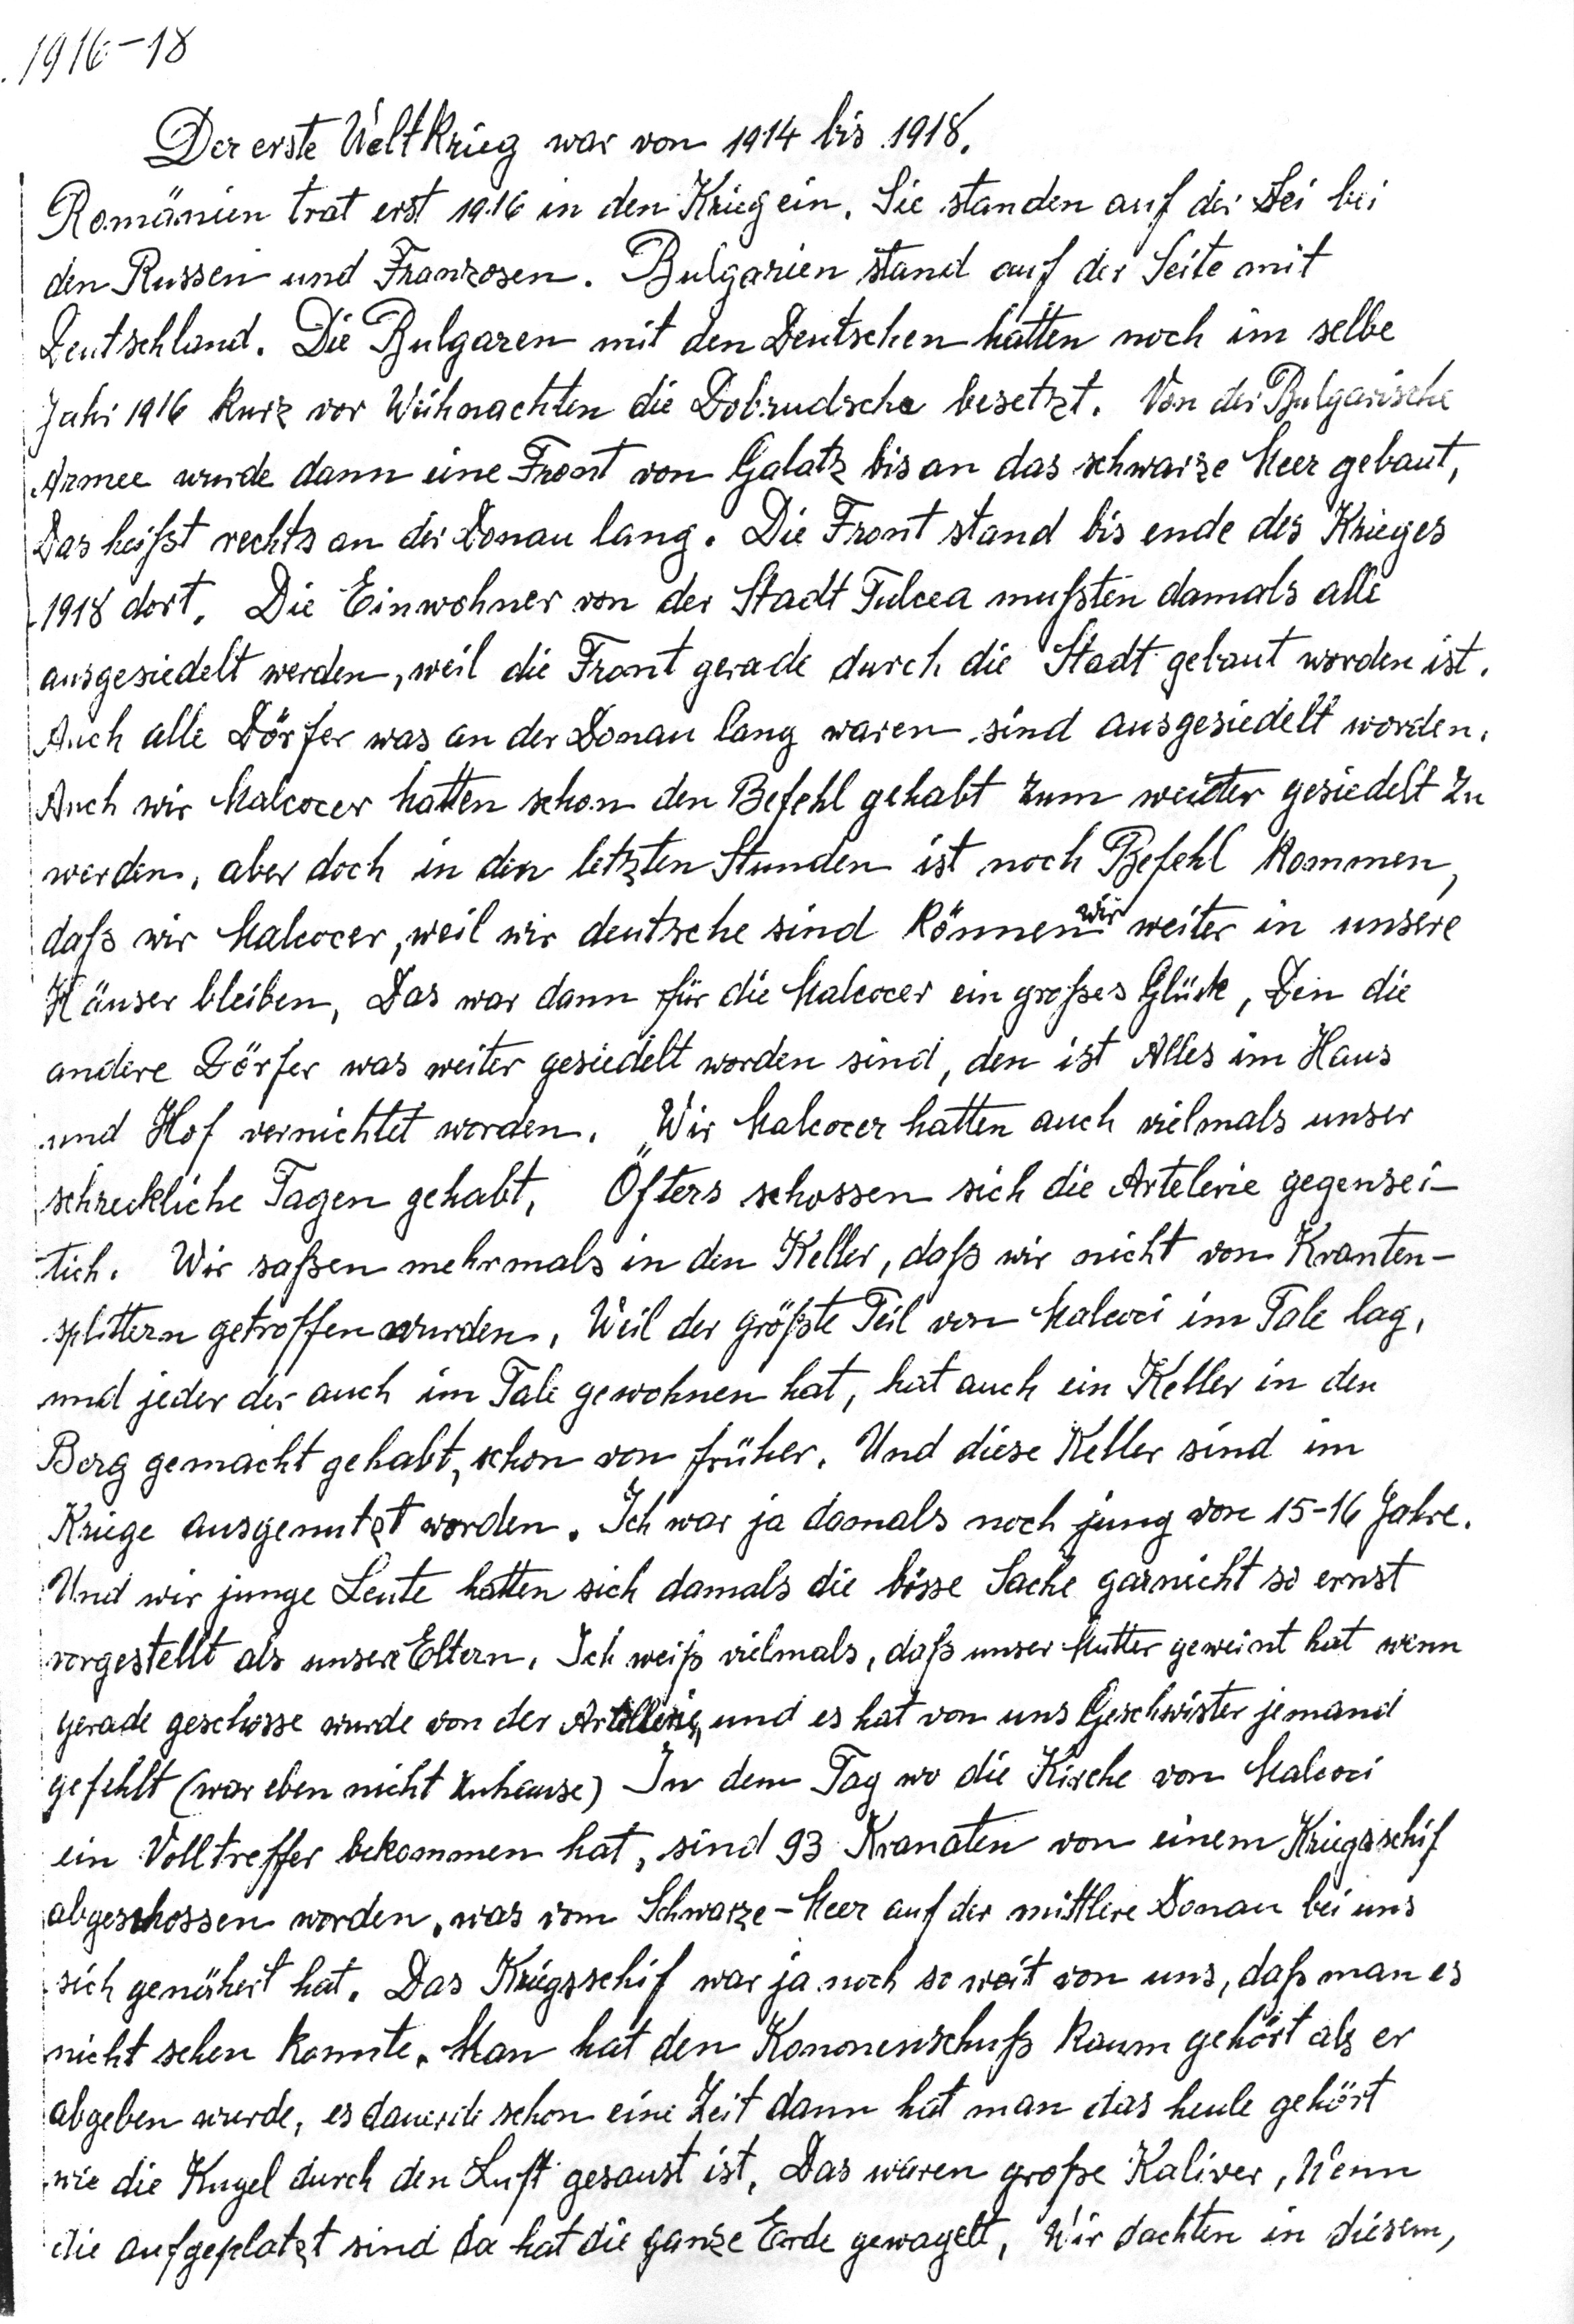
1916-18
Der erste Weltkrieg war von 1914 bis 1918
Romänien trat erst 1916 in den Krieg ein. Sie standen auf der Sei bei
den Russen und Franzosen. Bulgarien stand auf der Seite mit
Deutschland. Die Bulgaren mitr den Deutschen hatten noch im selbe
Jahr1916 kurz vor Weihnachten die Dobrudscha besetzt. Von der Bulgarische
Armee wurde dann eine Front von Galatz bis an das schwarze Meer gebaut,
Das heißt rechts an der Donau lang. Die Front stand bis ende des Krieges
1918 dort. Die Einwohner von der Stadt Tulcea mußten damals alle
ausgesiedelt werden, weil die Front gerade durch die Stadt gebaut worden ist.
Auch alle Dörfer was an der Donau lang waren, sind ausgesiedelt worden.
Auch wir Malcocer hatten schon den Befehl gehabt zum weiter gesiedelt zu
werden, aber doch in den letzten Stunden ist noch Befehl kommen,
daß wir Malcocer, weil wir deutsche sind können wir weiter in unsere
Häuser bleiben. Das war dann für die Malcocer ein großes Glück, Den die
andere Dörfer was weiter gesiedelt worden sind, den ist Alles im Haus
und Hof vernichtet worden. Wir Malcocer hatten auch vielmals unser
schreckliche Tagen gehabt. Öfters schossen sich die Artelerie gegensei-
tich. Wir saßen mehrmals in den Keller, daß wir nicht non Kranten-
splittern getroffen worden. Weil der größte Teil von Macoci im Tale lag,
und jeder der auch im Tale gewohnen hat, hat auch ein Keller in den
Berg gemacht gehabt, schon von füher. Und diese Keller sind im
Kriege ausgemutet worden. Ich war ja damals noch jung von 15-16 Jahre.
Und wir junge Leute hatten sich damalsdie böse Sache garnicht so ernst
vorgestellt als unsere Eltern. Ich weiß vielmals, daß unser Mutter geweint hat wenn
gerade geschossen wurdevon der Artellerie, und es hat von uns Geschwister jemand
gefehlt ( war eben nicht zuhause ) In dem Tag wo die Kirche von Malcoci
ein Volltreffer bekommen hat, sind 93 Kranatenvon einem Kriegsschif
abgeschossen worden, was vom Schwarze-Meer auf der mittlere Donau bei uns
sich genähert hat. Das Kriegsschif war ja noch so weitvon uns, daß man es
nicht sehen konnte.Man hat den Kanonenschuß kaum gehört als er
abgeben wurde, es dauerde schon eine Zeit dann hat man das heule gehört
wie die Kugel durch den Luft gesaust ist. Das waren große Kalive. Wenn
die aufgeplatzt sind da hat die ganze Erde gewagelt. Wir dachten in diesem